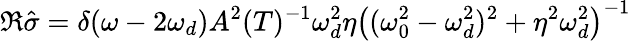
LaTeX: \Re\hat{\sigma}=\delta(\omega-2\omega_{d})A^{2}(T)^{-1}\omega_{d}^{2}\eta\left((\omega_{0}^{2}-\omega_{d}^{2})^{2}+\eta^{2}\omega_{d}^{2}\right)^{-1}